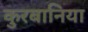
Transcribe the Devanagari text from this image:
कुरबानिया